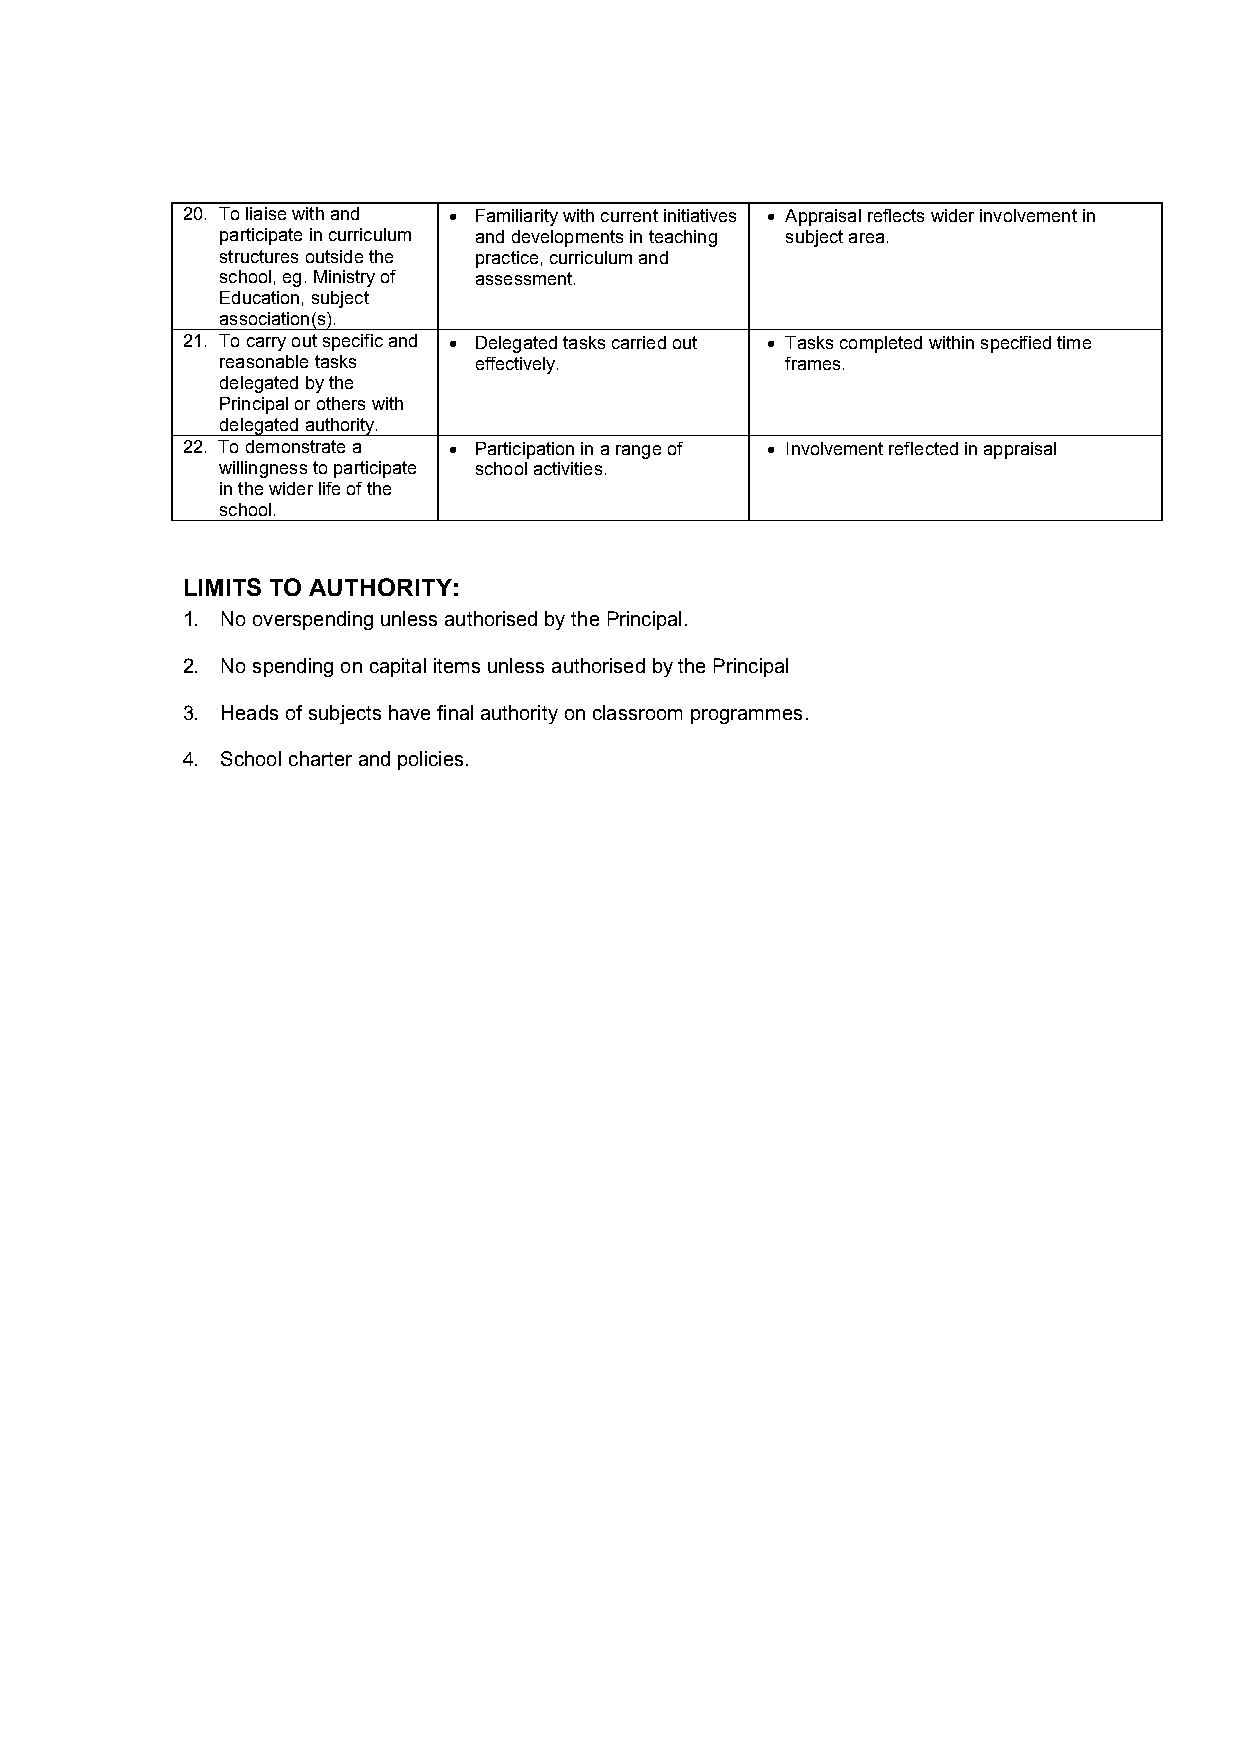
20. To liaise with and • Familiarity with current initiatives • Appraisal reflects wider involvement in
 participate in curriculum and developments in teaching subject area.
 structures outside the practice, curriculum and
 school, eg. Ministry of assessment.
 Education, subject
 association(s).
 21. To carry out specific and • Delegated tasks carried out • Tasks completed within specified time
 reasonable tasks effectively.        frames.
 delegated by the
 Principal or others with
 delegated authority.
 22. To demonstrate a • Participation in a range of • Involvement reflected in appraisal
 willingness to participate school activities.
 in the wider life of the
 school.
 LIMITS TO AUTHORITY:
 1. No overspending unless authorised by the Principal.
 2. No spending on capital items unless authorised by the Principal
 3. Heads of subjects have final authority on classroom programmes.
 4. School charter and policies.